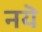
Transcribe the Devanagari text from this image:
नयॆ